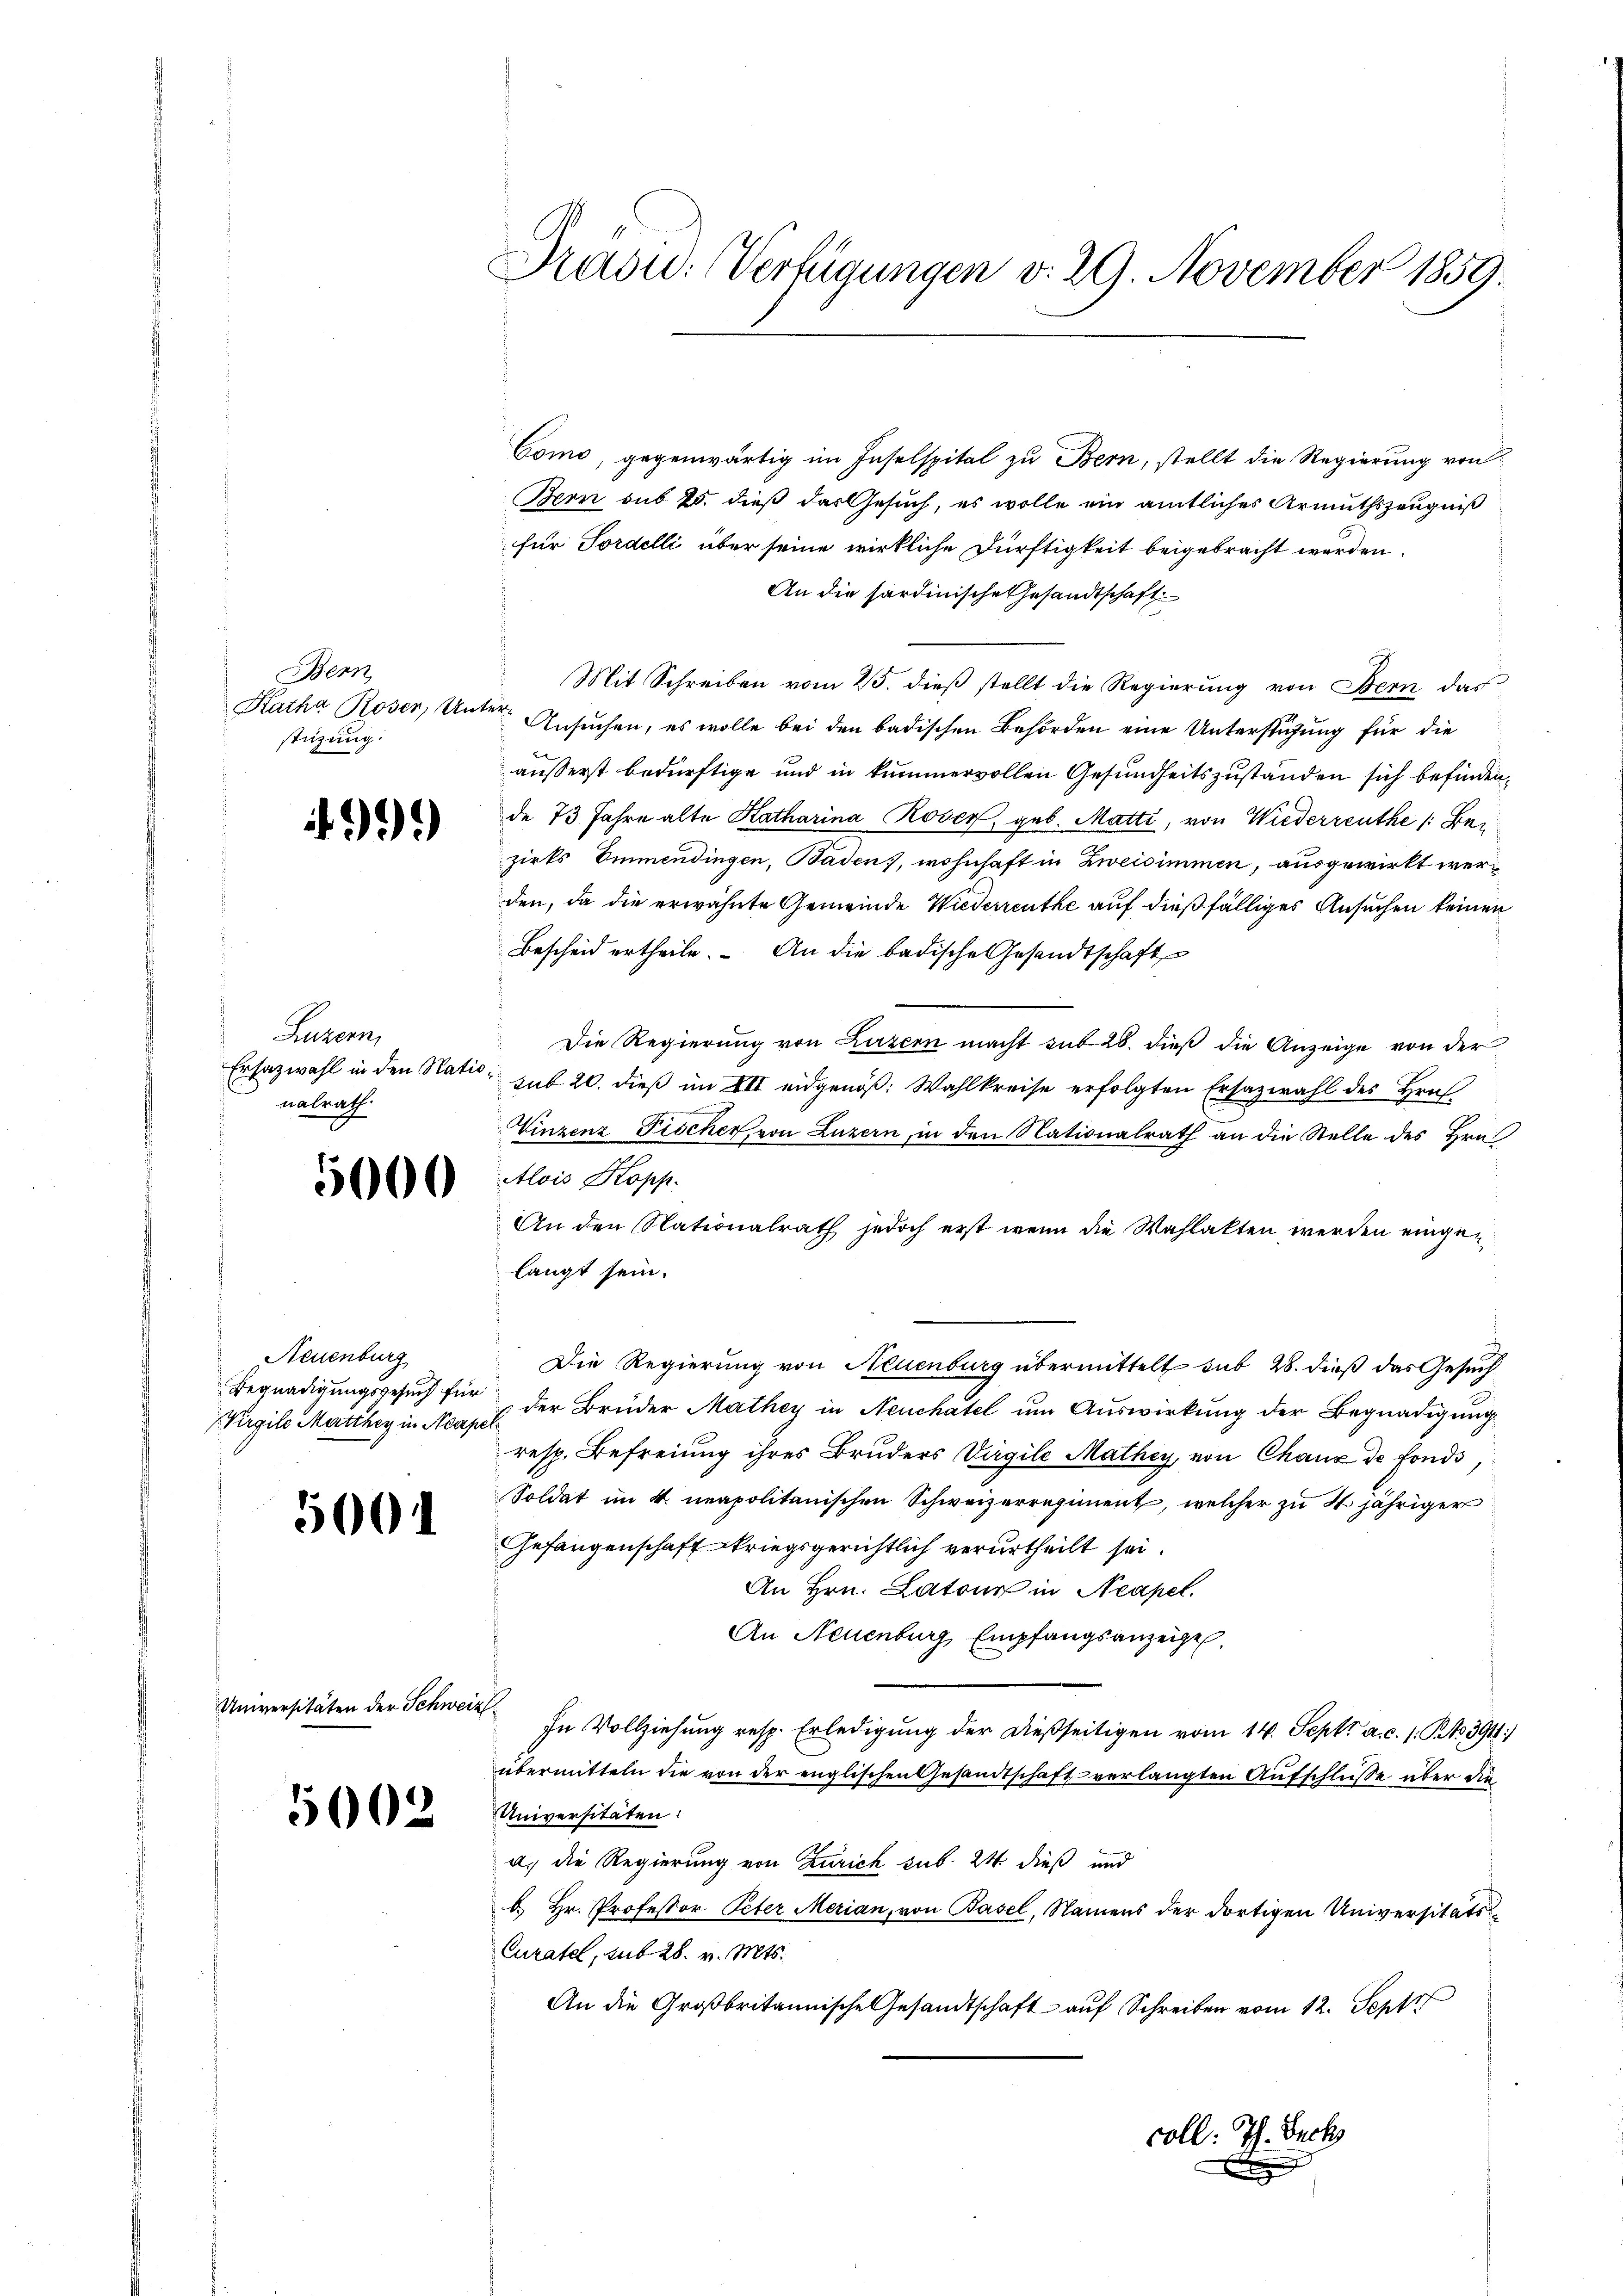
Benn
Katha Roser, Unter-
stüzung.

99)

Luzern,
Ersatzwahl in den Natio
nalrath

5000

Neuenburg
Virgile Matthey in Neapel

5001

Universitäten der Schweiz

5002

Como, gegenwärtig im Inselspital zu Bern, stellt die Regierung von
Bern sub 25. dieß das Gesuch, es wolle ein amtliches Armuthszeugniß
für Fordelli über seine wirkliche Dürftigkeit beigebracht werden.
An die sardinische Gesandtschaft
Mit Schreiben vom 25. dieß stellt die Regierung von Bern das
Ansuchen, es wolle bei den badischen Behörden eine Unterstüzung für die
2
äußerst bedürftige und in kummervollen Gesundheitszuständen sich befinden
de 73 Jahre alte Katharina Rosen, geb. Matti, von Wiederreuthe /: Bezirks Emmendingen, Baden), wohnhaft in Zweisimmen, ausgewirkt werden, da die erwähnte Gemeinde Wiederreuthe auf dießfälliges Ansuchen keinen
Bescheid ertheile. An die badische Gesandtschaft
Die Regierung von Luzern macht sub 28. dieß die Anzeige von der
sub 20. dieß im VII eidgenöß: Wahlkreise erfolgten Ersazwahl des Hrn
Vinzenz Fischer, von Luzern, in den Nationalrath an die Stelle des Hrn.
Alois Kopp.
An den Nationalrath jedoch erst wenn die Wahlakten werden eingelangt sein.
Die Regierung von Neuenburg übermittelt sub 28. dieß das Gesuch
Begnadigungsgesuch für der Brüder Mathey in Neuchatel um Auswirkung der Begnadigung
resp. Befreiung ihres Bruders Virgile Mathey, von Chaux de fondo
Soldat im 4. neapolitanischen Schweizerregiment, welcher zu 4 jähriger
Gefangenschaft kriegsgerichtlich verurtheilt sei.
An Hrn. Latour in Neapel.
An Neuenburg, Empfangsanzeigel.
In Vollziehung resp. Erledigŭng der dießseitigen vom 14. Sept. a. c. 1. Btz. 391)
übermitteln die von der englischen Gesandtschaft verlangten Aufschlüsse über die
Universitäten:
a. die Regierung von Zürich sub. 24 dieß und
b Hr. Professor. Peter Merian, von Basel, Namens der dortigen Universitäts-
Curatel, sub 28. v. Mts.
An die Großbritannische Gesandtschaft auf Schreiben vom 12. Septe

Präsid. Verfügungen v. 29. November 1859.

coll: Th. Beck